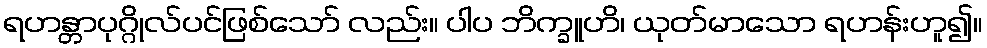
ရဟန္တာပုဂ္ဂိုလ်ပင်ဖြစ်သော် လည်း။ ပါပ ဘိက္ခူဟိ၊ ယုတ်မာသော ရဟန်းဟူ၍။